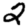
Digit: 2